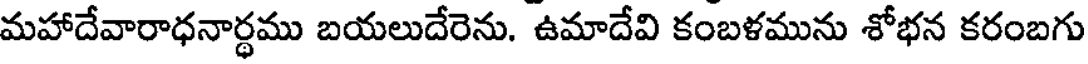
మహాదేవారాధనార్థము బయలుదేరెను. ఉమాదేవి కంబళమును శోభన కరంబగు